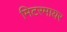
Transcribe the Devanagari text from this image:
मिटरमायर